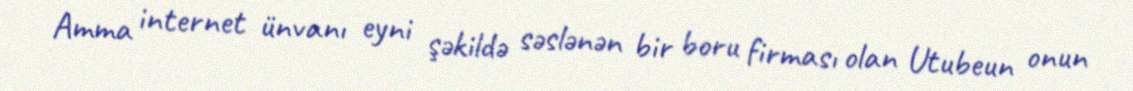
Amma internet ünvanı eyni şəkildə səslənən bir boru firması olan Utubeun onun